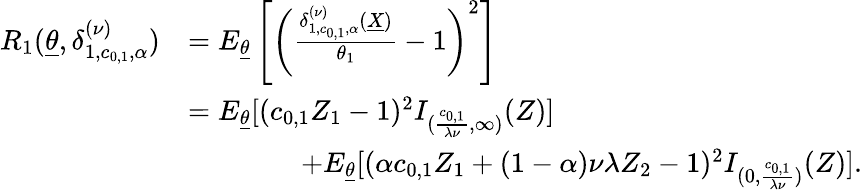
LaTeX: \begin{array}{rl}{R_{1}(\underline{{\theta}},\delta_{1,c_{0,1},\alpha}^{(\nu)})}&{=E_{\underline{{\theta}}}\left[\left(\frac{\delta_{1,c_{0,1},\alpha}^{(\nu)}(\underline{{X}})}{\theta_{1}}-1\right)^{2}\right]}\\ &{=E_{\underline{{\theta}}}[(c_{0,1}Z_{1}-1)^{2}I_{(\frac{c_{0,1}}{\lambda\nu},\infty)}(Z)]}\\ &{\qquad\qquad+E_{\underline{{\theta}}}[(\alpha c_{0,1}Z_{1}+(1-\alpha)\nu\lambda Z_{2}-1)^{2}I_{(0,\frac{c_{0,1}}{\lambda\nu})}(Z)].}\end{array}